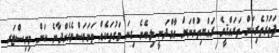
ފަތުރުތެރިކަން ތަރައްޤީވެ ރައްޔިތުންނަށް އާމްދަނީ ލިބޭނެ ގިނަ މަގުތަކެއް ތަނަވަސްވެގެންދާނެ ކަން މިނިސްޓަރ